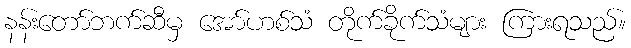
နန်းတော်ဘက်ဆီမှ အော်ဟစ်သံ တိုက်ခိုက်သံများ ကြားရသည်။